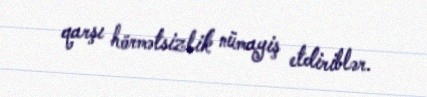
qarşı hörmətsizlik nümayiş etdiriblər.